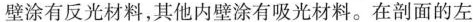
壁涂有反光材料，其他内壁涂有吸光材料。在剖面的左